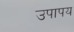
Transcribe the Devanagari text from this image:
उपापय